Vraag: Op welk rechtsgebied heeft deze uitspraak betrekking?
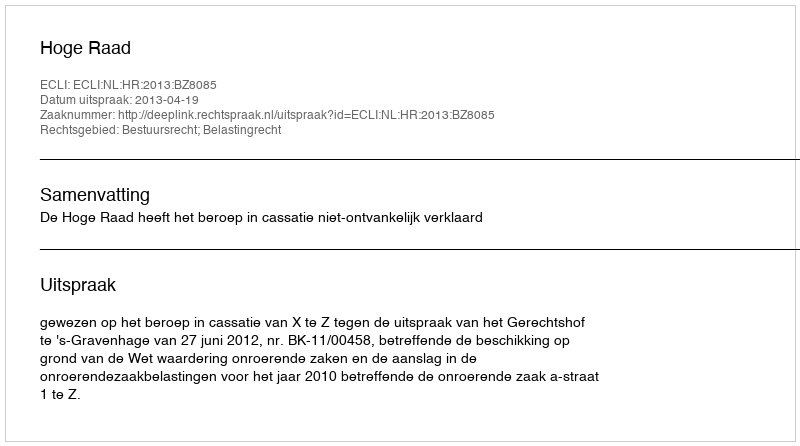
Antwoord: Bestuursrecht; Belastingrecht